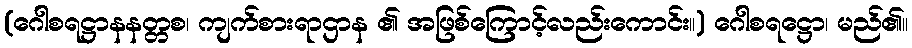
(ဂေါစရဋ္ဌာနနတ္တစ၊ ကျက်စားရာဌာန ၏ အဖြစ်ကြောင့်လည်းကောင်း။) ဂေါစရဋ္ဌော၊ မည်၏။